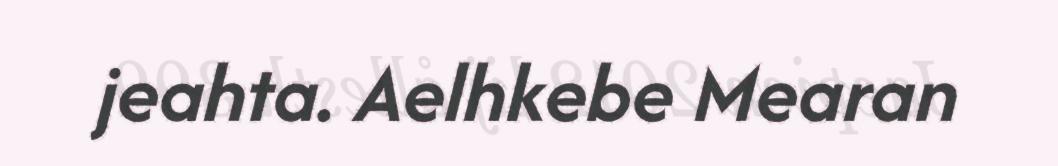
jeahta. Aelhkebe Mearan